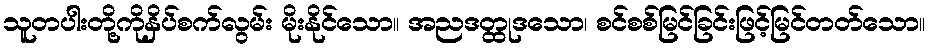
သူတပါးတို့ကိုနှိပ်စက်လွမ်း မိုးနိုင်သော။ အညဒတ္ထုဒသော၊ စင်စစ်မြင်ခြင်းဖြင့်မြင်တတ်သော။